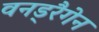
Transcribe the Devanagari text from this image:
वनड्रैगेन